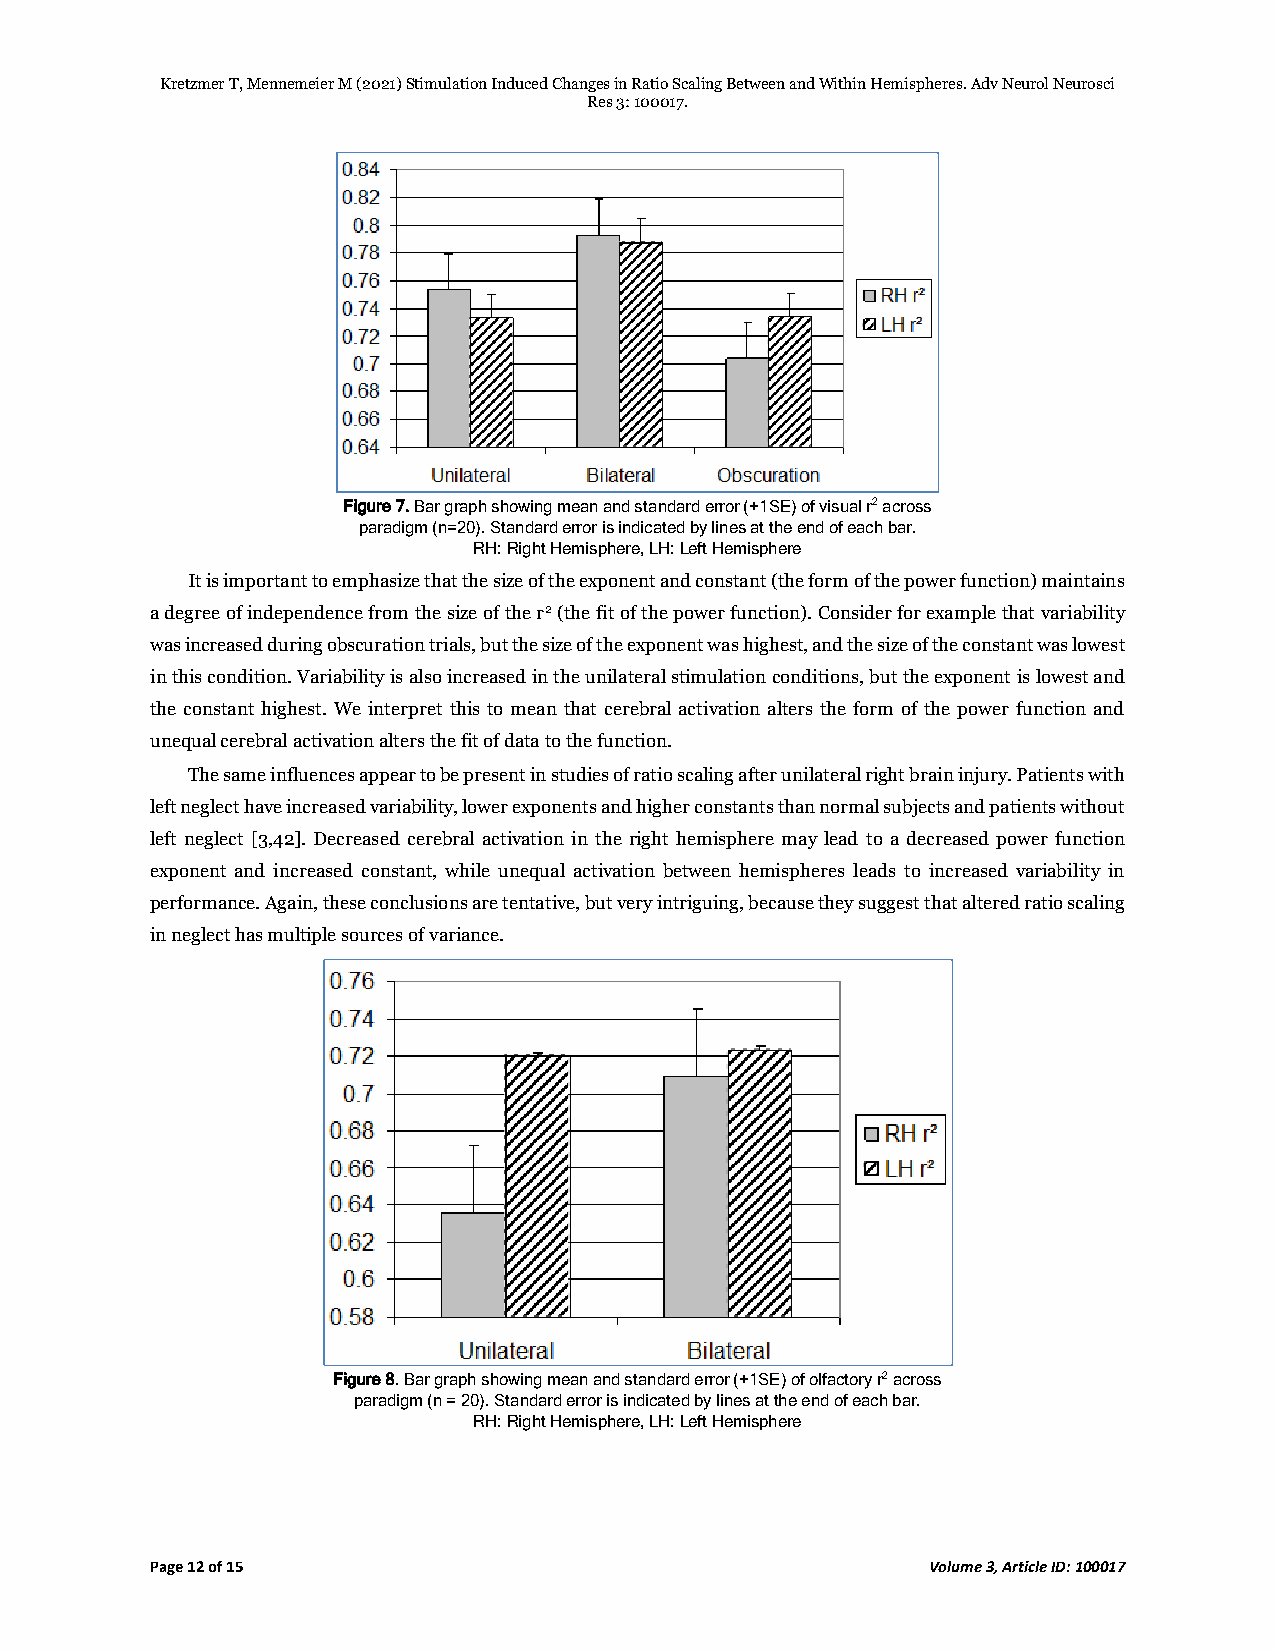
Kretzmer T, Mennemeier M (2021) Stimulation Induced Changes in Ratio Scaling Between and Within Hemispheres. Adv Neurol Neurosci
 Res 3: 100017.
 Figure 7. Bar graph showing mean and standard error (+1SE) of visual r2 across
 paradigm (n=20). Standard error is indicated by lines at the end of each bar.
 RH: Right Hemisphere, LH: Left Hemisphere
 It is important to emphasize that the size of the exponent and constant (the form of the power function) maintains
 a degree of independence from the size of the r2 (the fit of the power function). Consider for example that variability
 was increased during obscuration trials, but the size of the exponent was highest, and the size of the constant was lowest
 in this condition. Variability is also increased in the unilateral stimulation conditions, but the exponent is lowest and
 the constant highest. We interpret this to mean that cerebral activation alters the form of the power function and
 unequal cerebral activation alters the fit of data to the function.
 The same influences appear to be present in studies of ratio scaling after unilateral right brain injury. Patients with
 left neglect have increased variability, lower exponents and higher constants than normal subjects and patients without
 left neglect [3,42]. Decreased cerebral activation in the right hemisphere may lead to a decreased power function
 exponent and increased constant, while unequal activation between hemispheres leads to increased variability in
 performance. Again, these conclusions are tentative, but very intriguing, because they suggest that altered ratio scaling
 in neglect has multiple sources of variance.
 Figure 8. Bar graph showing mean and standard error (+1SE) of olfactory r2 across
 paradigm (n = 20). Standard error is indicated by lines at the end of each bar.
 RH: Right Hemisphere, LH: Left Hemisphere
 Page 12 of 15                                       Volume 3, Article ID: 100017